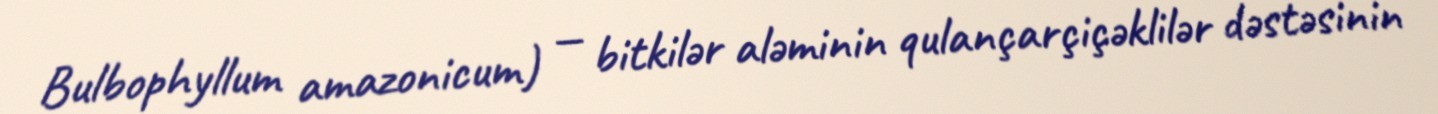
Bulbophyllum amazonicum) — bitkilər aləminin qulançarçiçəklilər dəstəsinin